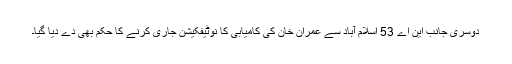
دوسری جانب این اے 53 اسلام آباد سے عمران خان کی کامیابی کا نوٹیفکیشن جاری کرنے کا حکم بھی دے دیا گیا۔